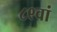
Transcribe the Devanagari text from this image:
८९वां